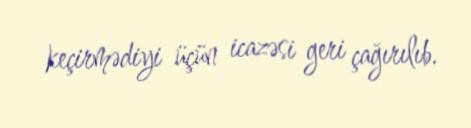
keçirmədiyi üçün icazəsi geri çağırılıb.